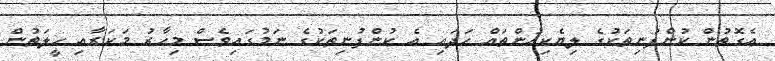
އެގޮތުން ކުންފުނިތަކުގެ ލިޔެކިއުންތައް ހަދައި އެ ކުންފުނިތަކުގެ ނަމުގައިވެސް މިހާރު މަކަރާއި ހީލަތުން